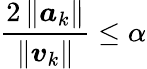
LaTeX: {\frac{2\left\| {\boldsymbol{a}}_{k}\right\| }{\left\| {\boldsymbol{v}}_{k}\right\| }}\leq\alpha